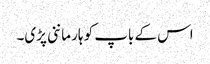
اس کے باپ کو ہار ماننی پڑی۔